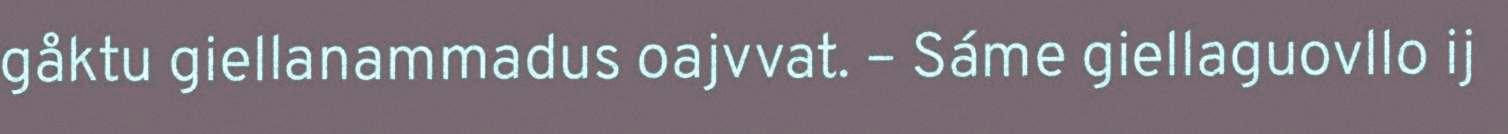
gåktu giellanammadus oajvvat. – Sáme giellaguovllo ij